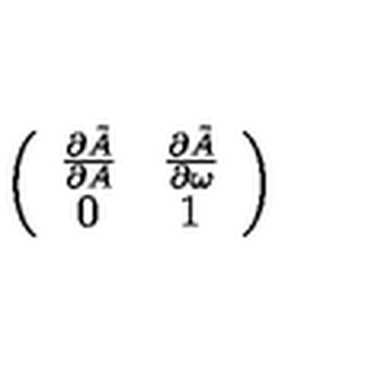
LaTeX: \left( \begin{array} { c c } { \frac { \partial \tilde { A } } { \partial A } } & { \frac { \partial \tilde { A } } { \partial \omega } } \\ { 0 } & { 1 } \\ \end{array} \right)